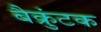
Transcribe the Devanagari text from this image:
बैक्रुंटक